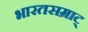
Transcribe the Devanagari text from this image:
भारतसम्राट्